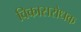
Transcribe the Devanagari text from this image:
विकासरोधक